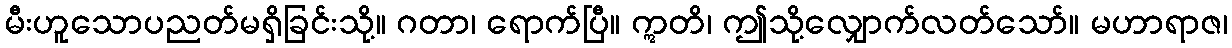
မီးဟူသောပညတ်မရှိခြင်းသို့။ ဂတာ၊ ရောက်ပြီ။ ဣတိ၊ ဤသို့လျှောက်လတ်သော်။ မဟာရာဇ၊